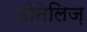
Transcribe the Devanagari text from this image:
डोनेलिज़